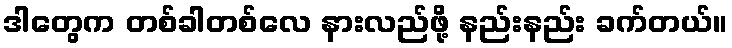
ဒါတွေက တစ်ခါတစ်လေ နားလည်ဖို့ နည်းနည်း ခက်တယ်။